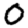
Digit: 0